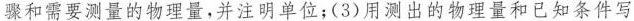
骤和需要测量的物理量，并注明单位；(3)用测出的物理量和已知条件写